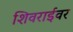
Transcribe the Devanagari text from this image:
शिवराईवर